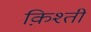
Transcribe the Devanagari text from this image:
क़िश्ती